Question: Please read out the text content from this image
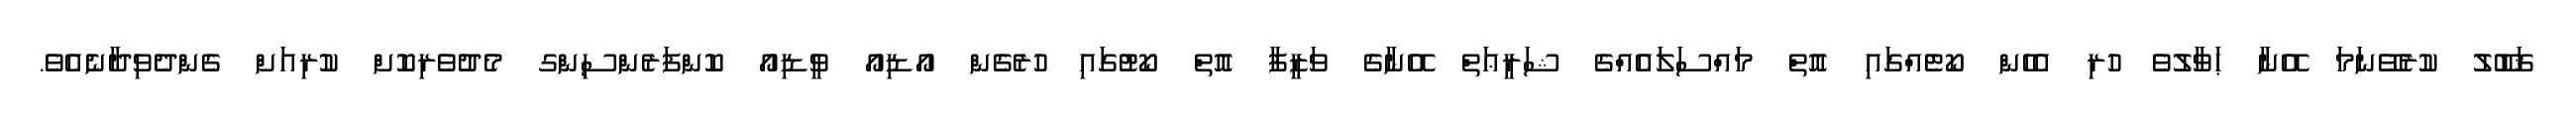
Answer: ޤަބޫލު ކުރެވޭނަމަ އޭނާ ޙަވާލުވެ ހުރި އެހެން ކޯޓެއްގައި އޮތް މައްސަލައެއްގެ ޝަރީޢަތް އޭނާގެ ވަޒީފާ އޮތް ކޯޓުގައި ހުރެގެން އޯޑިއޯ ވީޑިއޯ ކޮންފަރެންސިންގ މެދުވެރިކޮށް ކުރިއަށް ގެންދެވިދާނެއެވެ.